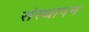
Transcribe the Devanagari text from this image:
संस्‍थापन